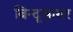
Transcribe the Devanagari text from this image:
बिन्दूसागर